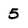
Character: 5